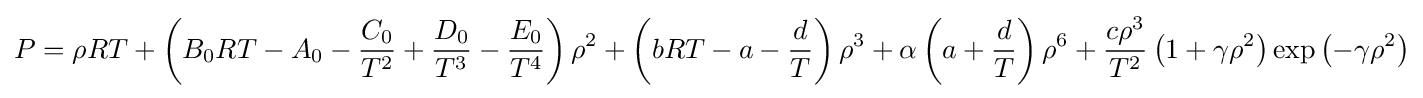
P=\rho RT+\left(B_{0}RT-A_{0}-{\frac {C_{0}}{T^{2}}}+{\frac {D_{0}}{T^{3}}}-{\frac {E_{0}}{T^{4}}}\right)\rho ^{2}+\left(bRT-a-{\frac {d}{T}}\right)\rho ^{3}+\alpha \left(a+{\frac {d}{T}}\right)\rho ^{6}+{\frac {c\rho ^{3}}{T^{2}}}\left(1+\gamma \rho ^{2}\right)\exp \left(-\gamma \rho ^{2}\right)